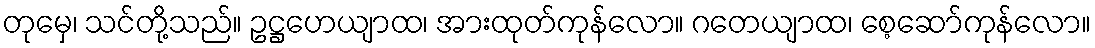
တုမှေ၊ သင်တို့သည်။ ဥဋ္ဌဟေယျာထ၊ အားထုတ်ကုန်လော။ ဂတေယျာထ၊ စေ့ဆော်ကုန်လော။